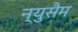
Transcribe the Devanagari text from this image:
न्युसैम